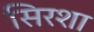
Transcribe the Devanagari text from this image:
सिरशा